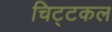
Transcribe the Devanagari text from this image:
चिट्टकल